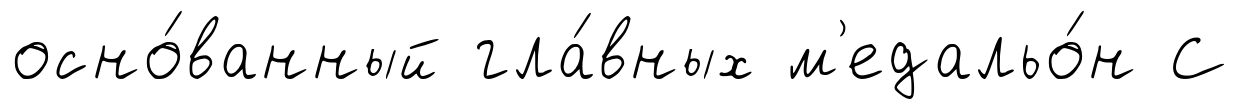
осно́ванный гла́вных м'едальо́н С